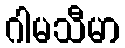
ဂါမသီမာ